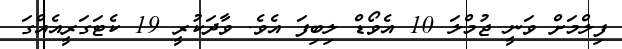
ފިލްމަށް ވަނީ ޖުމްލަ 10 އެވޯޑް ލިބިފަ އެވެ. ވާދަކުރީ 19 ކެޓަގަރީއެއްގަ